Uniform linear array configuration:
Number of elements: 32
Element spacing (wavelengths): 0.75
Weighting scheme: hamming
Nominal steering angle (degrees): -15
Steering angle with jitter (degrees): -15.696
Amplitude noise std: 0.05
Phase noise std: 0.05

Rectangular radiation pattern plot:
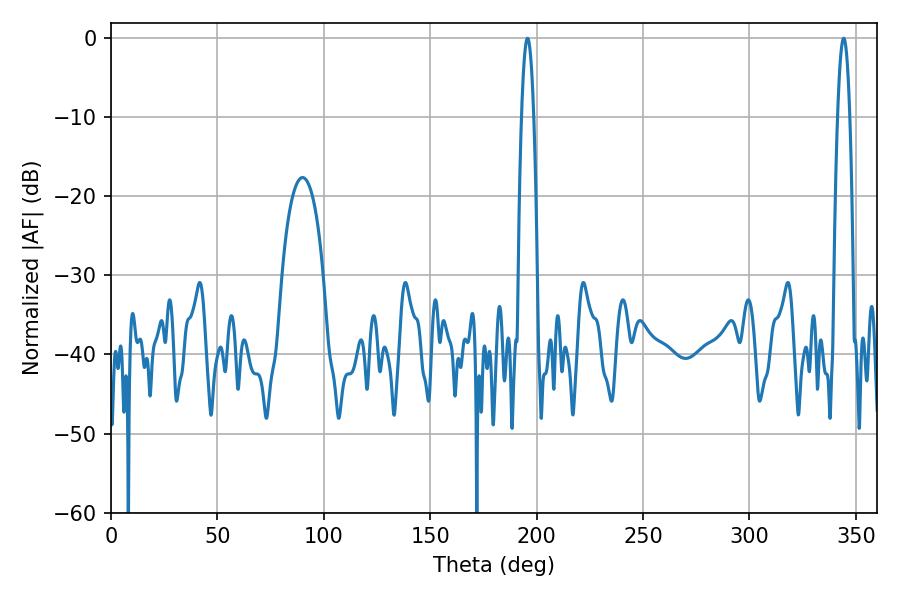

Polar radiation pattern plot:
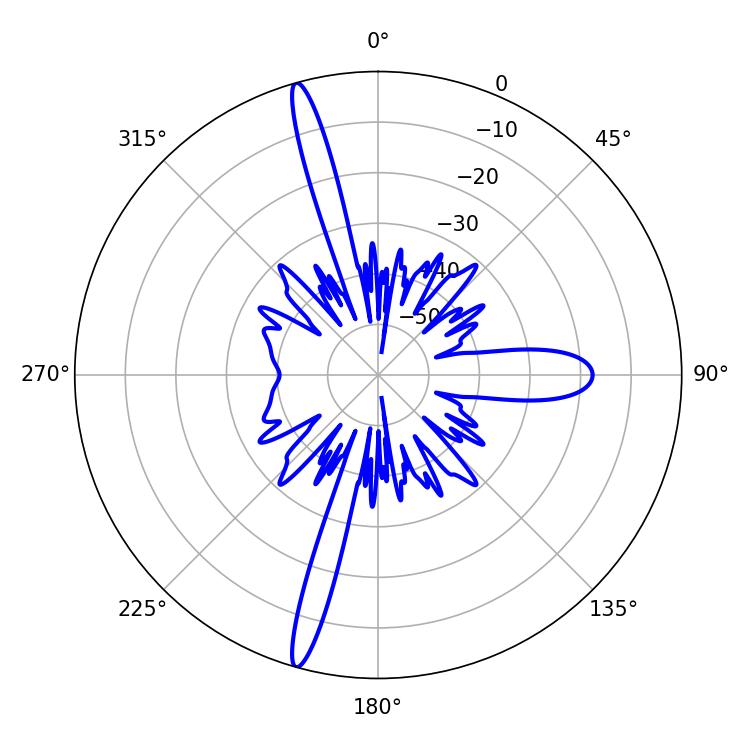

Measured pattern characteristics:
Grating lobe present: TRUE
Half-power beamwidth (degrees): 3.06
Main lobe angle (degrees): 195.66